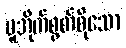
ပူအိုက်စွတ်စိုသော